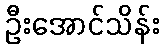
ဦးအောင်သိန်း